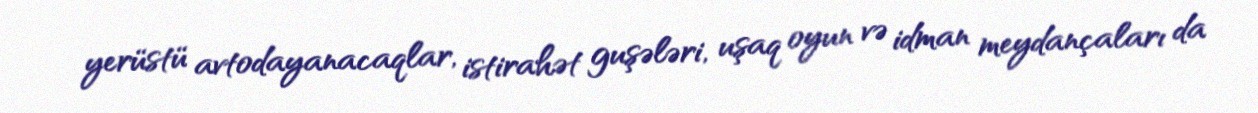
yerüstü avtodayanacaqlar, istirahət guşələri, uşaq oyun və idman meydançaları da